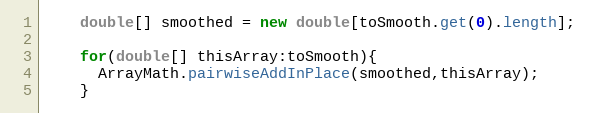
Language: Java
    double[] smoothed = new double[toSmooth.get(0).length];

    for(double[] thisArray:toSmooth){
      ArrayMath.pairwiseAddInPlace(smoothed,thisArray);
    }